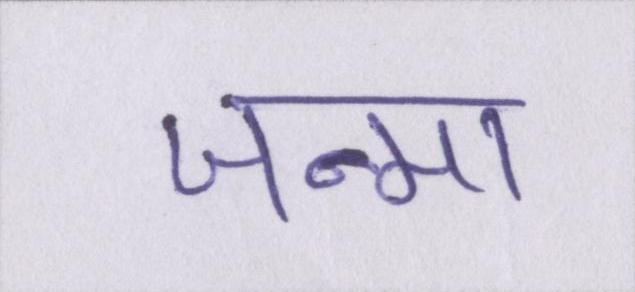
जन्मा